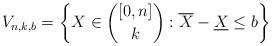
LaTeX: \begin{align*}V_{n,k,b}=\left\{X \in \binom{[0,n]}{k}: \overline{X}- \underline{X}\leq b\right\}\end{align*}